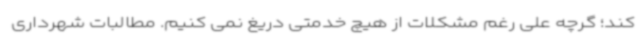
کند؛ گرچه علی رغم مشکلات از هیچ خدمتی دریغ نمی کنیم. مطالبات شهرداری